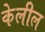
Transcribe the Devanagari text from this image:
केलील